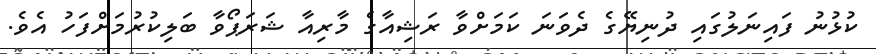
ކުޅުނު ފައިނަލުގައި ދުނިޔޭގެ ދެވަނަ ކަމަށްވާ ރަޝިއާގެ މާރިއާ ޝަރަޕޯވާ ބަލިކުރުމަށްފަހު އެވެ.